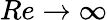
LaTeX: Re\to\infty